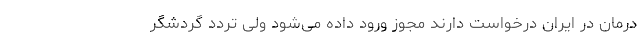
درمان در ایران درخواست دارند مجوز ورود داده می‌شود ولی تردد گردشگر